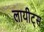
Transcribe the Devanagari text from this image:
लायीट्स